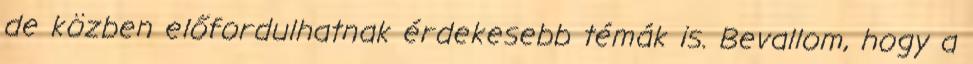
de közben előfordulhatnak érdekesebb témák is. Bevallom, hogy a